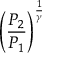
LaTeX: \left( { \frac { P _ { 2 } } { P _ { 1 } } } \right) ^ { \frac { 1 } { \gamma } }